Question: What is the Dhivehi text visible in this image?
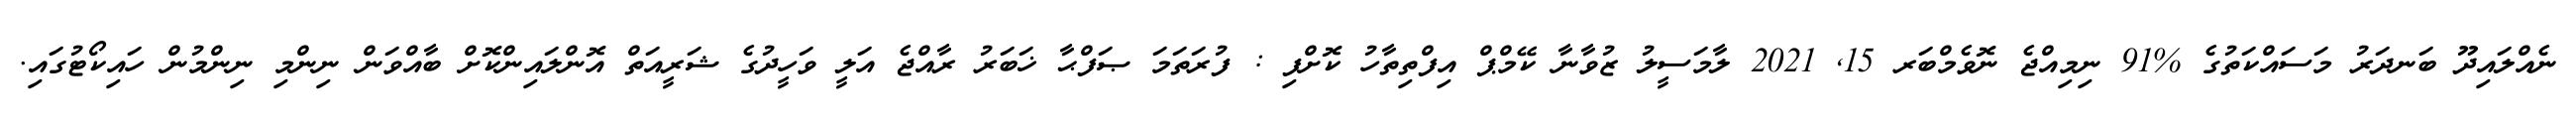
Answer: ނެއްލައިދޫ ބަނދަރު މަސައްކަތުގެ %91 ނިމިއްޖެ ނޮވެމްބަރ 15, 2021 ލާމަސީލު ޒުވާނާ ކޭމްޕް އިފްތިތާހު ކޮށްފި : ފުރަތަމަ ޞަފްޙާ ޚަބަރު ރާއްޖެ އަލީ ވަހީދުގެ ޝަރީއަތް އޮންލައިންކޮށް ބާއްވަން ނިންމި ނިންމުން ހައިކޯޓުގައި.